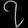
Digit: ၇